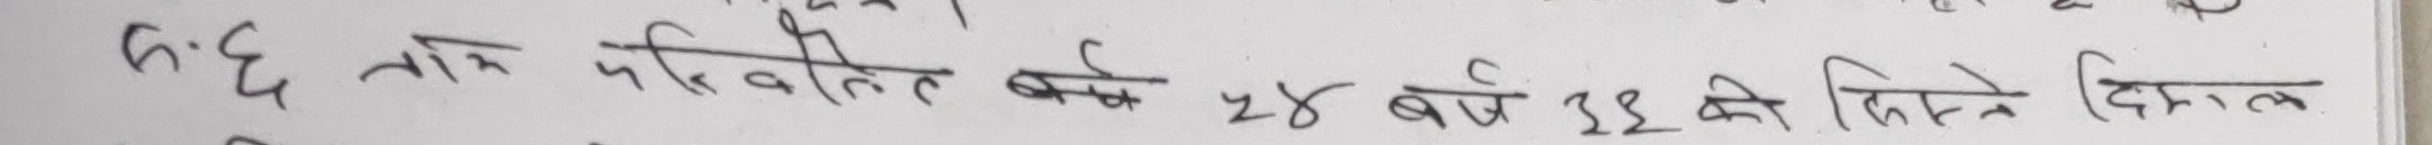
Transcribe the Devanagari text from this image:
५. छ नाम परिवर्तन वर्ष २४ वर्ष ३२ को किस्ते दिग्मल